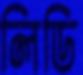
লিডি